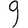
Digit: 9